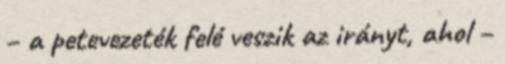
– a petevezeték felé veszik az irányt, ahol –